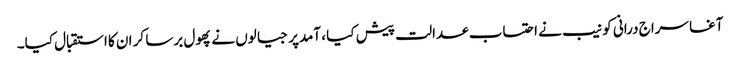
آغا سراج درانی کو نیب نے احتساب عدالت پیش کیا ، آمدپر جیالوں نے پھول برسا کر ان کا استقبال کیا۔